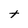
Character: t